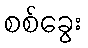
စစ်ခွေး